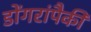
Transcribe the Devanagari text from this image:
डोंगरांपैकी